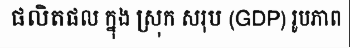
ផលិតផល ក្នុង ស្រុក សរុប (GDP) រូបភាព